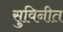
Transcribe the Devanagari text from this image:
सुविनीत